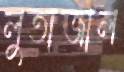
লুতাজাল